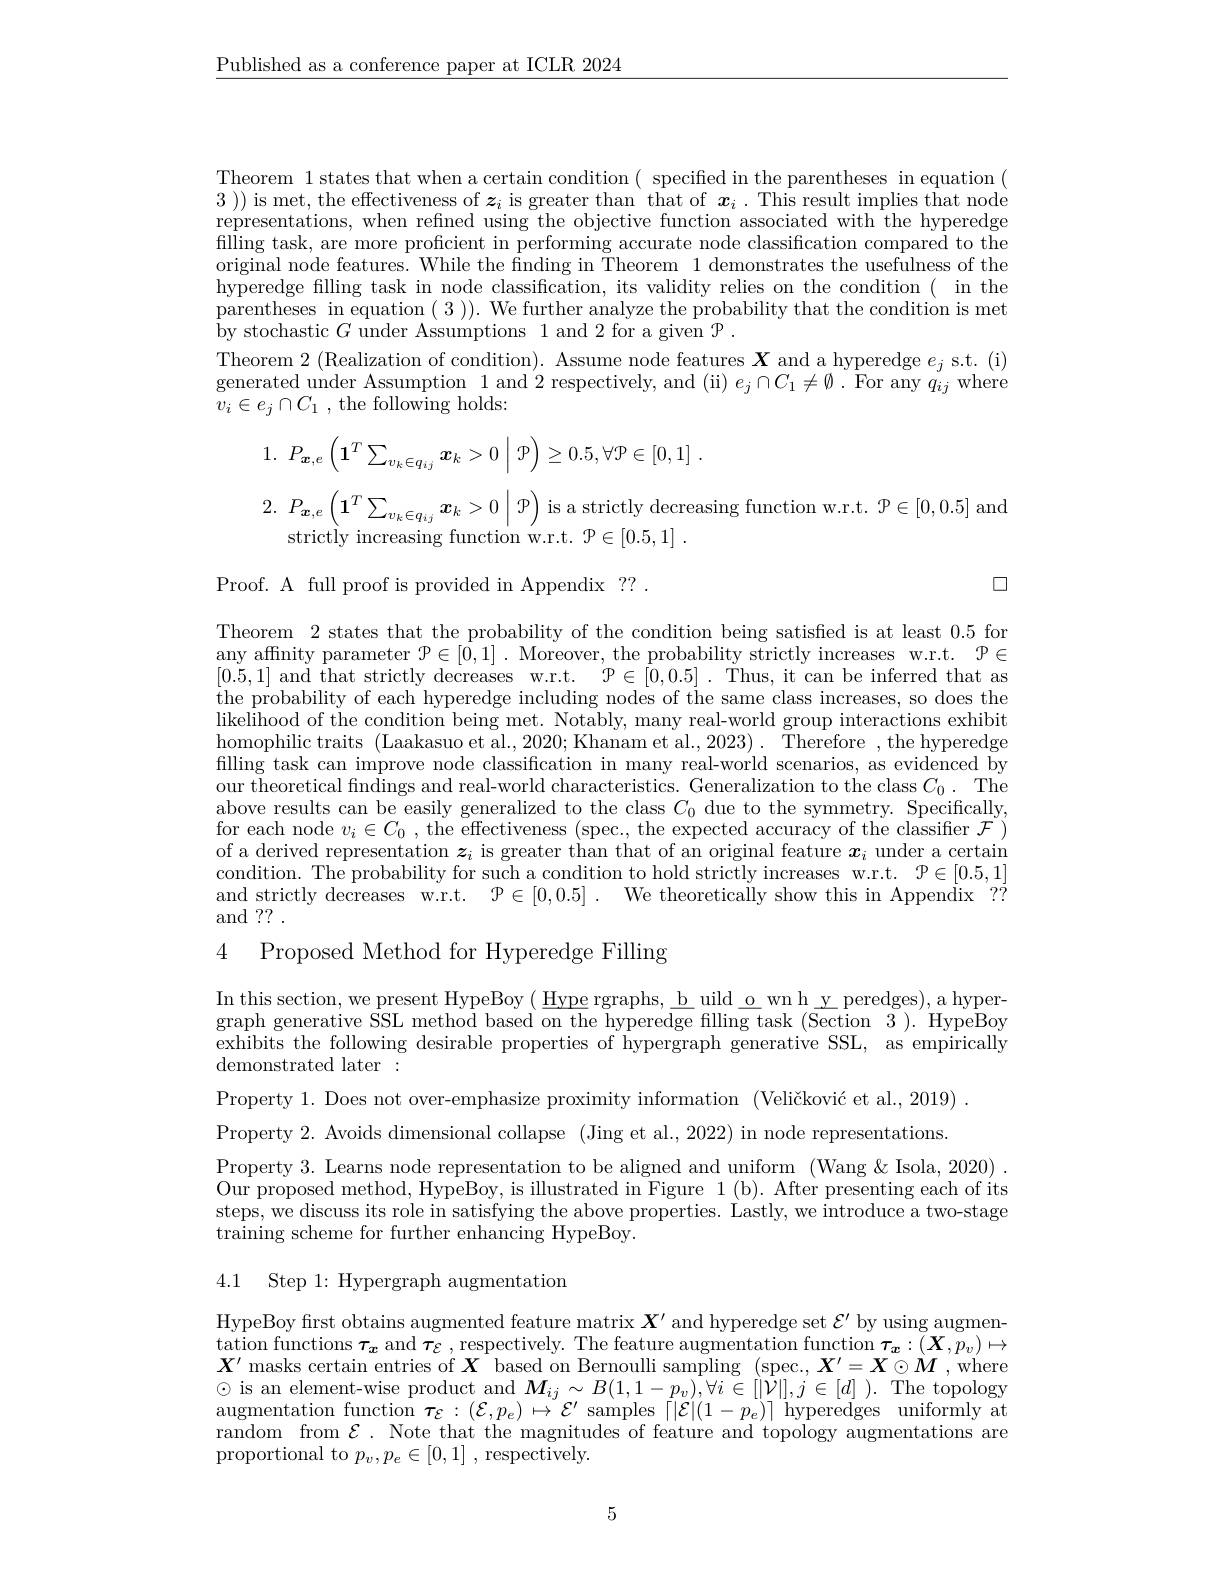
$\underline{\text{Published as a conference paper at ICLR 2024}}$

Theorem 1 states that when a certain condition( specified in the parentheses in equation( 3 ) is met, the effectiveness of $\boldsymbol z_i$ is greater than that of $\boldsymbol{x}_i$ . This result implies that node representations, when refined using the objective function associated with the hyperedge filling task, are more proficient in performing accurate node classification compared to the original node features. While the fnding in Theorem 1 demonstrates the usefulness of the hyperedge filling task in node classification, its validity relies on the condition( in the parentheses in equation (3)). We further analyze the probability that the condition is met by stochastic $G$ under Assumptions 1 and 2 for a given $\mathcal P.$
Theorem $2\allowbreak ( {\mathrm{mod}} $Realization of condition) . Assume node features $\boldsymbol{X})$ and a hyperedge $e_j$ s.t.(i) generated under Assumption 1 and 2 respectively, and (ii) $e_j\cap C_1\neq\emptyset.$ For any $q_ij$ where $\bar{v}_{i}\in e_{j}\cap C_{1}$ , the following holds:
$$P_{\boldsymbol{x},e}\left(\boldsymbol{1}^T\sum_{v_k\in q_{ij}}\boldsymbol{x}_k>0\:\bigg|\:\mathcal{P}\right)\ge0.5,\forall\mathcal{P}\in[0,1]\:.$$
2. $P_{\boldsymbol{x}, e}\left ( \mathbf{1} ^{T}\sum _{v_k\in q_{ij}}\boldsymbol{x}_k> 0\mid \mathcal{P} \right )$ is a strictly decreasing function w.r.t. $\mathcal{P}\in[0,0.5]$ and

strictly increasing function w.r.t. $\mathcal{P} \in [ 0. 5, 1]$ .

$\square$

Proof. A full proof is provided in Appendix ?? .

Theorem 2 states that the probability of the condition being satisfied is at least 0.5 for any affinity parameter $\mathcal{P}\in[0,1].$ Moreover, the probability strictly increases w.r.t. $\mathcal{P}\in$ [0.5,1] and that strictly decreases w.r.t. $\mathcal{P} \in [ 0, 0. 5]$.Thus, it can be inferred that as the probability of each hyperedge including nodes of the same class increases, so does the likelihood of the condition being met. Notably, many real-world group interactions exhibit homophilic traits (Laakasuo et al.,2020;Khanam et al.,2023). Therefore ,the hyperedge filling task can improve node classification in many real-world scenarios, as evidenced by our theoretical findings and real-world characteristics. Generalization to the class $C_0.$ The above results can be easily generalized to the class $C_0$ due to the symmetry. Specifically, for each node $v_i\in C_0$, the effectiveness (spec., the expected accuracy of the classifier $\mathcal{F})$ of a derived representation $\boldsymbol z_i$ is greater than that of an original feature $\boldsymbol x_i$ under a certain condition. The probability for such a condition to hold strictly increases w.r.t. $\mathcal{P}\in[0.5,1]$ and strictly decreases w.r.t. $\mathcal{P}\in[0,0.5]$ . We theoretically show this in Appendix ?? and ?? .

4 Proposed Method for Hyperedge Filling

In this section, we present HypeBoy ( $\underline {H}$ype rgraphs, $\underline {b}$ uild $\underline {o}$ wn h $\underline {y}$ peredges) , a hyper- th graph generative SSL method based on the hyperedge filling task (Section 3). HypeBoy exhibits the following desirable properties of hypergraph generative SSL, as empirically demonstrated later:

Property 1. Does not over-emphasize proximity information (Veličković et al.,2019) Property 2. Avoids dimensional collapse (Jing et al., 2022) in node representations Property 3. Learns node representation to be aligned and uniform (Wang&Isola, 2020) Our proposed method, HypeBoy, is illustrated in Figure 1( b) . After presenting each of its steps, we discuss its role in satisfying the above properties. Lastly, we introduce a two-stage training scheme for further enhancing HypeBoy.

4.1 Step 1: Hypergraph augmentation

HypeBoy first obtains augmented feature matrix $\boldsymbol X^\prime$ and hyperedge set $\mathcal{E}^\prime$ by using augmen- $\begin{array}{c}{\text{tation functions }\boldsymbol{\tau}_{\boldsymbol{x}}\mathrm{~and~}\boldsymbol{\tau}\varepsilon\mathrm{~,~respectively.~The~feature~augmentation~function~\tau_{\boldsymbol{x}}:(\boldsymbol{X},p_{v})\mapsto\\\mathbf{v}^{\prime}\mathrm{~ation~functions~}\boldsymbol{\tau}_{\boldsymbol{x}}\mathrm{~and~}\boldsymbol{\tau}_{\boldsymbol{\varepsilon}\mathrm{~,~respectively.~The~feature~augmentation~function~\tau_{\boldsymbol{x}}:(\boldsymbol{X},p_{v})\mapsto\\\mathbf{v$ $X^{\prime}$ masks certain entries of $\boldsymbol X$ based on Bernoulli sampling (spec., $\boldsymbol X^\prime=\boldsymbol X\odot\boldsymbol M$ , where $\odot$ is an element-wise product and $M_{ij}\sim B(1,1-p_{v}),\forall i\in[|\bar{\mathcal{V}}|],j\in[d]$ ).The topology $\operatorname* { augmentation} _{\mathrm{~function~}}\boldsymbol{\tau }_{\mathcal{E} }: ( \mathcal{E} , p_{e}) \mapsto \mathcal{E} ^{\prime }\operatorname* { samples} \left \lceil | \mathcal{E} | ( 1- p_{e}) \right \rceil$hyperedges$\operatorname*{uniformly}$at random from $\mathcal{E}.$ Note that the magnitudes of feature and topology augmentations are proportional to $p_v,p_e\in[0,1]$ , respectively.

5